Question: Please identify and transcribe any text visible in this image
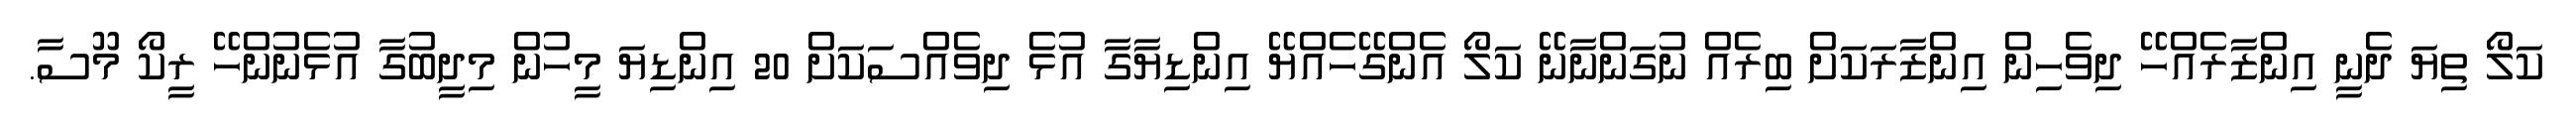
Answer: ކަލޯ ތިޔަ ދެނީ އިންޒާރެއްހޭ ދިވެހިން އިންޒާރަކަށް ބިރެއް ނުގަންނާނޭ ކަލޯ އެންގޭހެއްޔޭ އިންޑިޔާގާ އުޅެ ދިވެއްސަކަށް 20 އިންޑިޔަ މީހުން މިދީބުގާ އުޅެނުންހޭ ރީކޯ މޫސާ.